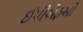
ઈપીએફઓ